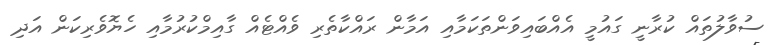
ސުވާލުތައް ކުރާނީ ގައުމީ އެއްބައިވަންތަކަމާއި އަމާން ރައްކާތެރި ވެއްޓެއް ގާއިމްކުރުމާއި ހެޔޮވެރިކަން އަދި